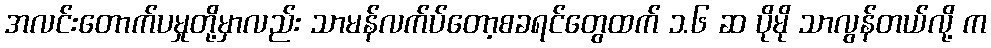
အလင်းတောက်ပမှုတို့မှာလည်း သာမန်လက်ပ်တော့စခရင်တွေထက် ၁.၆ ဆ ပိုမို သာလွန်တယ်လို့ က